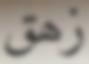
زھق